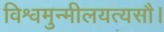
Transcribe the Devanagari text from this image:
विश्वमुन्मीलयत्यसौ।